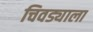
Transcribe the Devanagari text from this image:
चिवड्याला